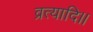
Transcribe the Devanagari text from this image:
व्रत्यादि।।